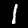
Digit: 1